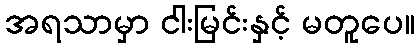
အရသာမှာ ငါးမြင်းနှင့် မတူပေ။